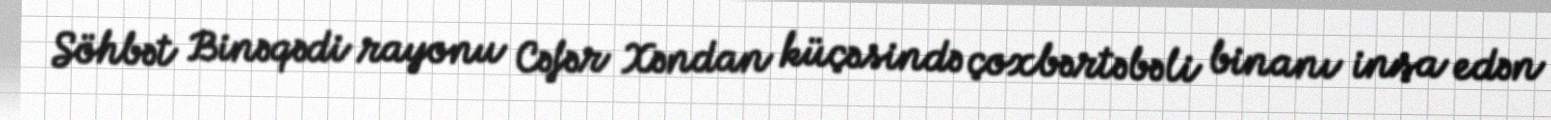
Söhbət Binəqədi rayonu Cəfər Xəndan küçəsində çoxbərtəbəli binanı inşa edən